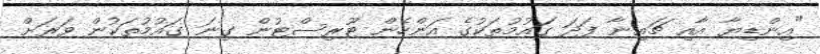
"އިންޑިޔާ އާއި ޗައިނާ ފަދަ ގައުމުތަކުގެ އަންހެން ޓޫރިސްޓުން ގިނަ ގައުމުތަކުން ވަރަށް